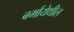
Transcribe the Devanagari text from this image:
बर्मायेथील